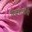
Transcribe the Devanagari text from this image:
पिळवटलेली